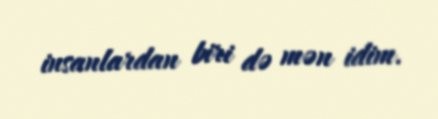
insanlardan biri də mən idim.